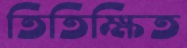
তিতিক্ষিত